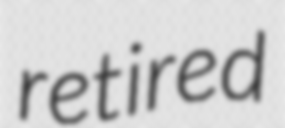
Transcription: retired